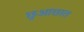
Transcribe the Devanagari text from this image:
छुआछात